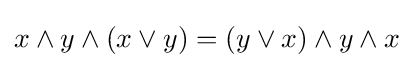
x\wedge y\wedge (x\vee y)=(y\vee x)\wedge y\wedge x